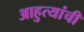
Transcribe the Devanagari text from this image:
आहुत्यांची